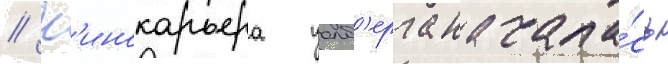
// К'инокарьера уолб'ерга начала́сь